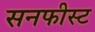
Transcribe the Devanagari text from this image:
सनफीस्ट